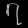
Digit: ၇